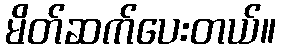
မိတ်ဆက်ပေးတယ်။